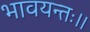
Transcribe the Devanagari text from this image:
भावयन्तः।।